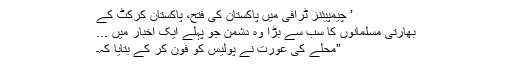
’ چیمپیئنز ٹرافی میں پاکستان کی فتح، پاکستان کرکٹ کے
بھارتی مسلمانوں کا سب سے بڑا وہ دشمن جو پہلے ایک اخبار میں ...
”محلے کی عورت نے پولیس کو فون کر کے بتایا کہ۔